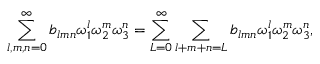
\sum _ { l , m , n = 0 } ^ { \infty } b _ { l m n } { \omega } _ { 1 } ^ { l } { \omega } _ { 2 } ^ { m } { \omega } _ { 3 } ^ { n } = \sum _ { L = 0 } ^ { \infty } \sum _ { l + m + n = L } b _ { l m n } { \omega } _ { 1 } ^ { l } { \omega } _ { 2 } ^ { m } { \omega } _ { 3 } ^ { n } ,